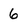
Character: 6